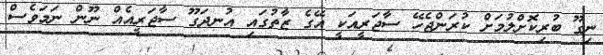
ނިގޫ ބުރިކޮށްލުމަށް ކުރަންޖެހޭ ސާޖަރީއަކީ އޭގެ ޒާތުގައި އުނދަގޫ ސާޖަރީއެއް ނޫން ނަމަވެސް